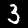
Label: 3